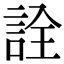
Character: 詮